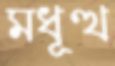
মধূত্থ